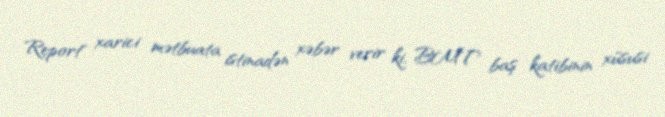
Report" xarici mətbuata istinadən xəbər verir ki, BMT baş katibinin xüsusi